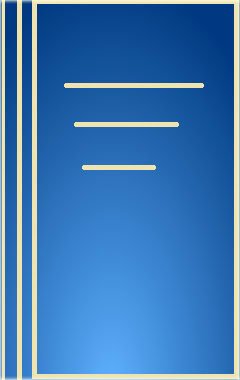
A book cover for Implicit Understandings: Observing, Reporting and Reflecting on the Encounters between Europeans and Other Peoples in the Early Modern Era (Studies in Comparative Early Modern History); Medical Books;